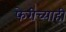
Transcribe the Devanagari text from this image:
फेरीच्याही